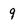
Character: 9